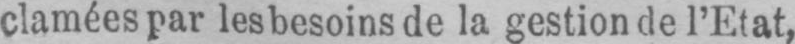
clamées par les besoins de la gestion de l’Etat,